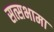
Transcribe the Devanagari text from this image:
सत्सभामा